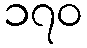
၁၇၀